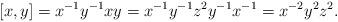
LaTeX: \begin{align*}[x,y] = x^{-1} y^{-1} x y = x^{-1} y^{-1} z^2 y^{-1} x^{-1} = x^{-2}y^2 z^2. \end{align*}